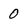
Character: 0